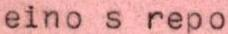
eino s repo